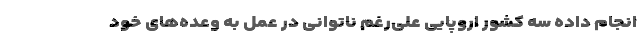
انجام داده سه کشور اروپایی علی‌رغم ناتوانی در عمل به وعده‌های خود